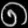
Digit: ၈